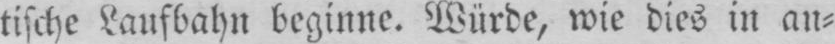
tische Laufbahn beginne. Würde, wie dies in an⸗